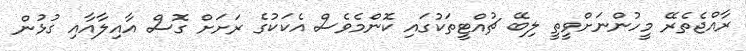
ރާއްޖެތެރޭ މީހުންނަށްވީތީ ލިބޭ ޗުއްޓީތަކުގައި ކޮންމެވެސް އެކަކުގެ ރަށަށް ގޮސް އާއިލާއާއި ގުޅުން